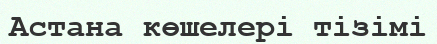
Астана көшелері тізімі